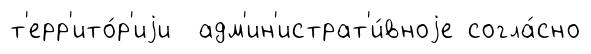
т'ерр'ито́р'иjи адм'ин'истрат'и́вноjе согла́сно